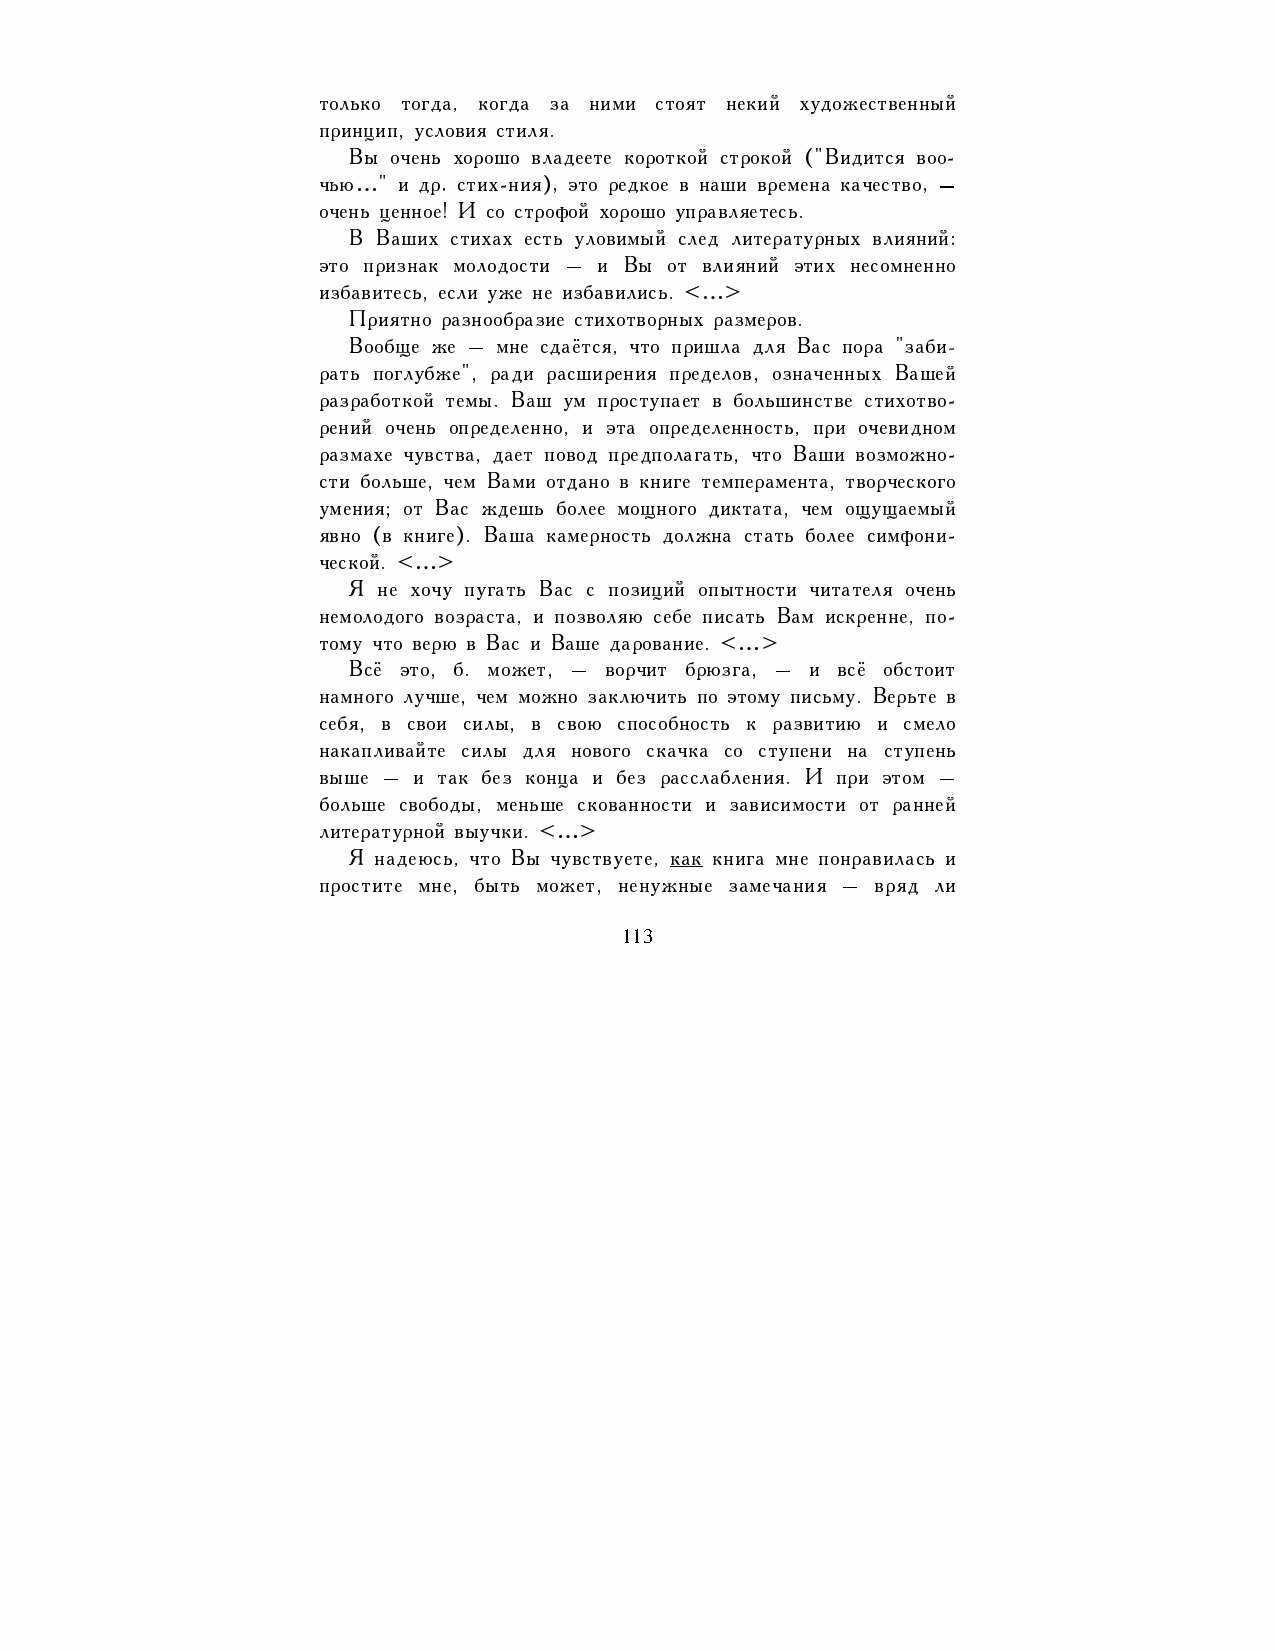
только тогда, когда за ними стоят некий художественный
 принцип, условия стиля.
 Вы очень хорошо владеете короткой строкой ("Видится воо-
 чью…" и др. стих-ния), это редкое в наши времена качество, –
 очень ценное! И со строфой хорошо управляетесь.
 В Ваших стихах есть уловимый след литературных влияний:
 это признак молодости – и Вы от влияний этих несомненно
 избавитесь, если уже не избавились. <…>
 Приятно разнообразие стихотворных размеров.
 Вообще же – мне сдаётся, что пришла для Вас пора "заби-
 рать поглубже", ради расширения пределов, означенных Вашей
 разработкой темы. Ваш ум проступает в большинстве стихотво-
 рений очень определенно, и эта определенность, при очевидном
 размахе чувства, дает повод предполагать, что Ваши возможно-
 сти больше, чем Вами отдано в книге темперамента, творческого
 умения; от Вас ждешь более мощного диктата, чем ощущаемый
 явно (в книге). Ваша камерность должна стать более симфони-
 ческой. <…>
 Я не хочу пугать Вас с позиций опытности читателя очень
 немолодого возраста, и позволяю себе писать Вам искренне, по-
 тому что верю в Вас и Ваше дарование. <…>
 Всё это, б. может, – ворчит брюзга, – и всё обстоит
 намного лучше, чем можно заключить по этому письму. Верьте в
 себя, в свои силы, в свою способность к развитию и смело
 накапливайте силы для нового скачка со ступени на ступень
 выше – и так без конца и без расслабления. И при этом –
 больше свободы, меньше скованности и зависимости от ранней
 литературной выучки. <…>
 Я надеюсь, что Вы чувствуете, как книга мне понравилась и
 простите мне, быть может, ненужные замечания – вряд ли
 113